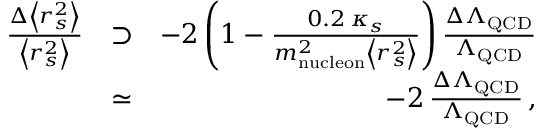
\begin{array} { r l r } { \frac { \Delta \left< r _ { s } ^ { 2 } \right> } { \left< r _ { s } ^ { 2 } \right> } } & { \supset } & { - 2 \left( 1 - \frac { 0 . 2 \, \kappa _ { s } } { m _ { \mathrm { n u c l e o n } } ^ { 2 } \left< r _ { s } ^ { 2 } \right> } \right) \frac { \Delta \Lambda _ { \mathrm { Q C D } } } { \Lambda _ { \mathrm { Q C D } } } } \\ & { \simeq } & { - 2 \, \frac { \Delta \Lambda _ { \mathrm { Q C D } } } { \Lambda _ { \mathrm { Q C D } } } \, , } \end{array}